Indian journal of veterinary science and animal husbandry - Volume 8,
Year: 1938
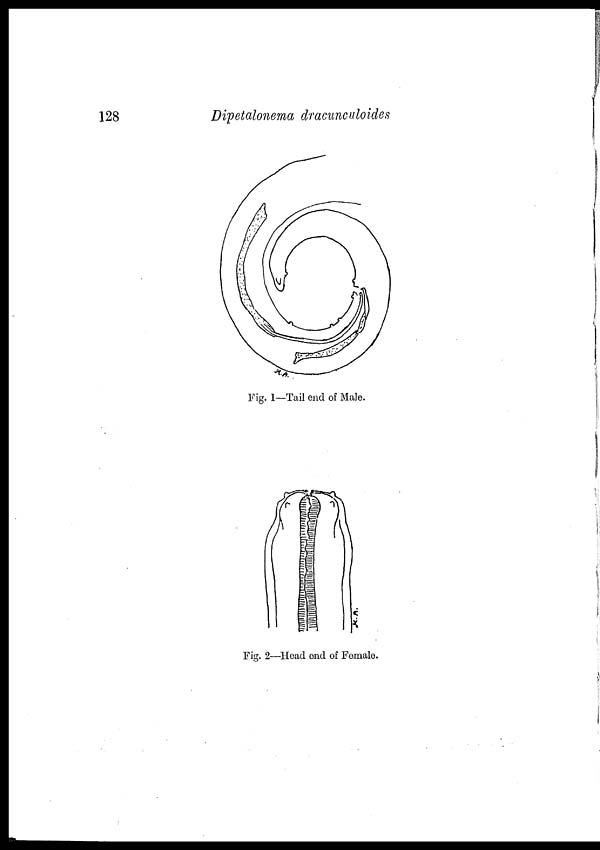
128
Dipetalonema dracunculoides
Fig. 1—Tail end of Male.
Fig. 2—Head end of Female.